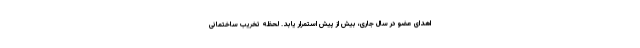
اهدای عضو در سال جاری، بیش از پیش استمرار یابد. لحظه تخریب ساختمانی